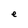
Character: e